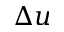
\Delta u